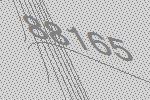
88165